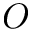
O